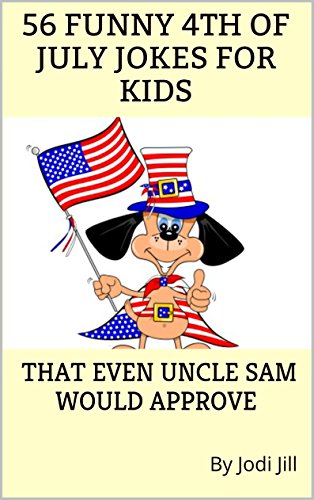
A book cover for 56 Funny 4th of July Jokes for Kids that even Uncle Sam would approve; Jodi Jill; Children's Books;